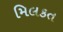
મિલકત